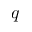
q